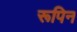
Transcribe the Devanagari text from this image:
रूपिन